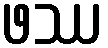
ဖဿ